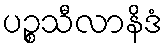
ပဉ္စသီလာနိဒံ